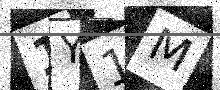
Text: 1Y1M